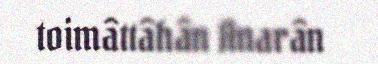
toimâttâhân Anarân